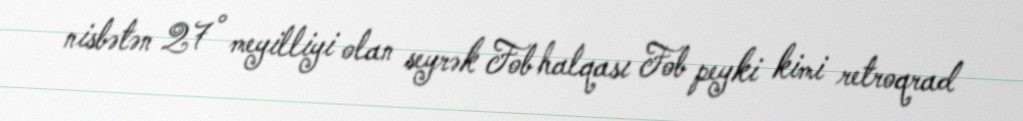
nisbətən 27° meyilliyi olan seyrək Fob halqası Fob peyki kimi retroqrad